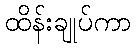
ထိန်းချုပ်ကာ